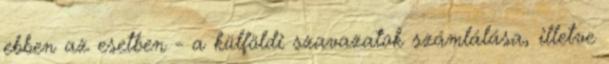
ebben az esetben - a külföldi szavazatok számlálása, illetve